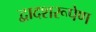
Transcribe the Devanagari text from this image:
द्वादशरूपेण